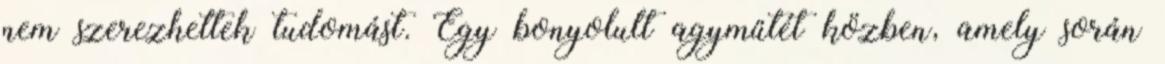
nem szerezhettek tudomást. Egy bonyolult agyműtét közben, amely során